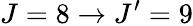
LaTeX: J=8\rightarrow J^{\prime}=9